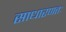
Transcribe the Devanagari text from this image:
साधारणतः